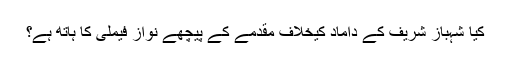
کیا شہباز شریف کے داماد کیخلاف مقدمے کے پیچھے نواز فیملی کا ہاتھ ہے؟